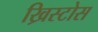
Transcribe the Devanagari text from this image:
ख्रिस्टोस